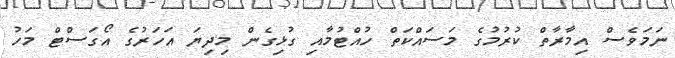
ނަމަވެސް އިމާރާތް ކުރުމުގެ މަސައްކަތް ހުއްޓުމާއި ގުޅިގެން މިދިޔަ އަހަރުގެ އޯގަސްޓް މަހު